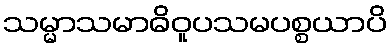
သမ္မာသမာဓိဝူပသမပစ္စယာပိ